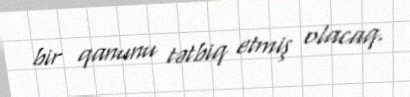
bir qanunu tətbiq etmiş olacaq.